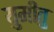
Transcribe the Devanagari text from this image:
युमीतु